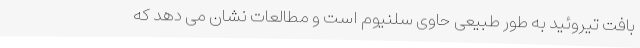
بافت تیروئید به طور طبیعی حاوی سلنیوم است و مطالعات نشان می دهد که